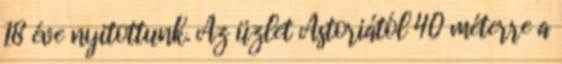
18 éve nyitottunk. Az üzlet Astoriától 40 méterre a